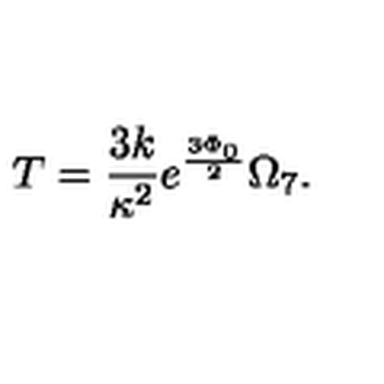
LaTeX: T = \frac { 3 k } { \kappa ^ { 2 } } e ^ { \frac { 3 \Phi _ { 0 } } { 2 } } \Omega _ { 7 } .